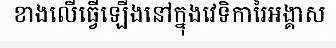
ខាងលើធ្វើឡើងនៅក្នុងវេទិការៃអង្គាស